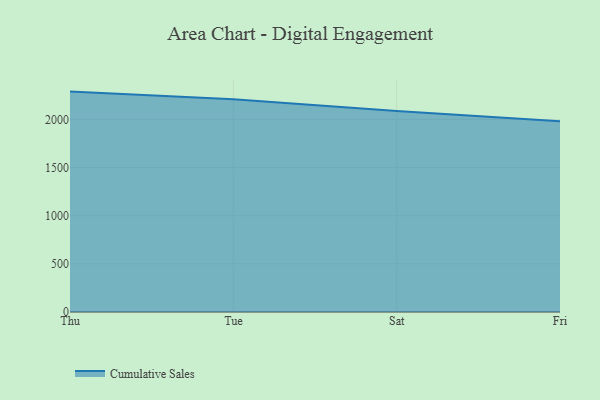
{"axis": {"x": "Day", "y": "Customer Acquisition Cost (USD)"}, "legend": ["Cumulative Sales"], "data": [{"x": "Thu", "y": 2289.2, "type": "Cumulative Sales"}, {"x": "Tue", "y": 2208.7, "type": "Cumulative Sales"}, {"x": "Sat", "y": 2086.9, "type": "Cumulative Sales"}, {"x": "Fri", "y": 1980.6, "type": "Cumulative Sales"}]}